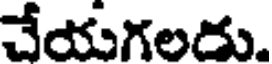
చేయగలదు.